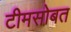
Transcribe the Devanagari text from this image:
टीमसोबत